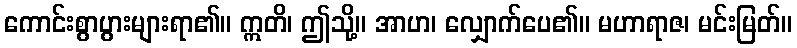
ကောင်းစွာပွားများရာ၏။ ဣတိ၊ ဤသို့။ အာဟ၊ လျှောက်ပေ၏။ မဟာရာဇ၊ မင်းမြတ်။